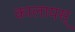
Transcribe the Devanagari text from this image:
कालायस्